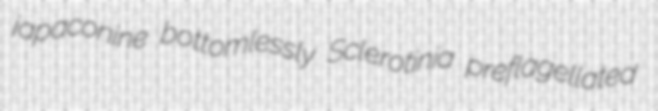
japaconine bottomlessly Sclerotinia preflagellated